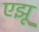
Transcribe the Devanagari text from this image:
एझू